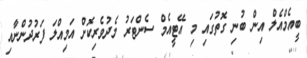
ބީއެމްއެލް އިން ބުނި ގޮތުގައި މި އޭޓީއެމް ސެންޓަރު މެދުވެރިކޮށް އަމިއްލަ ފަރުދުންނާއި